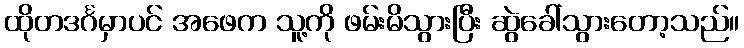
ထိုတဒင်္ဂမှာပင် အဖေက သူ့ကို ဖမ်းမိသွားပြီး ဆွဲခေါ်သွားတော့သည်။